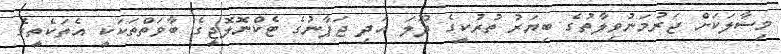
މިސާލަކަށް ޖަރުމަނުވިލާތުގެ ބިޔަރު ތުރުކީގެ ދޫލަ އަދި ޖަޕާނުގެ ޓެކްނޮލޮޖީގެ ބާވަތްތަކަކީ އެތަކެތީގެ